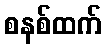
စနစ်ထက်